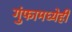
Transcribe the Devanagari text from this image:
गुंफामध्येही